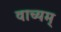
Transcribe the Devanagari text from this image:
वाच्यम्